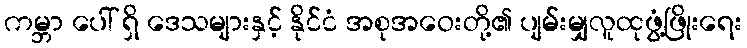
ကမ္ဘာ ပေါ် ရှိ ဒေသများနှင့် နိုင်ငံ အစုအဝေးတို့၏ ပျမ်းမျှလူထုဖွံ့ဖြိုးရေး